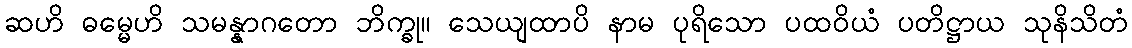
ဆဟိ ဓမ္မေဟိ သမန္နာဂတော ဘိက္ခု။ သေယျထာပိ နာမ ပုရိသော ပထဝိယံ ပတိဋ္ဌာယ သုနိသိတံ